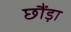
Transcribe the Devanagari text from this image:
छौंड़ा